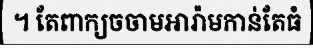
។ តែពាក្យចចាមអារ៉ាមកាន់តែធំ